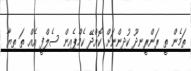
ތަމެން ތީ ރަންރީނދޫ ކުދިންނަށް ކޮށްދޭ ކެމްޕެއިން ސެލްފީ އެއް ތަ ތިޔާ